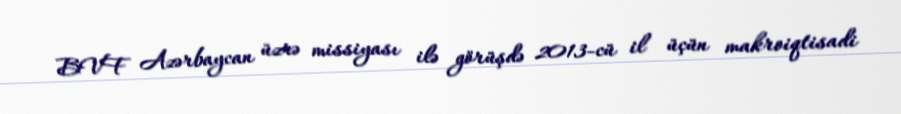
BVF Azərbaycan üzrə missiyası ilə görüşdə 2013-cü il üçün makroiqtisadi